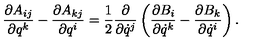
\frac { \partial A _ { i j } } { \partial q ^ { k } } - \frac { \partial A _ { k j } } { \partial q ^ { i } } = \frac 1 2 \frac { \partial } { \partial \dot { q } ^ { j } } \left( \frac { \partial B _ { i } } { \partial \dot { q } ^ { k } } - \frac { \partial B _ { k } } { \partial \dot { q } ^ { i } } \right) .